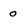
Character: 0